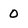
Character: 0